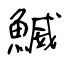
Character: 鰄